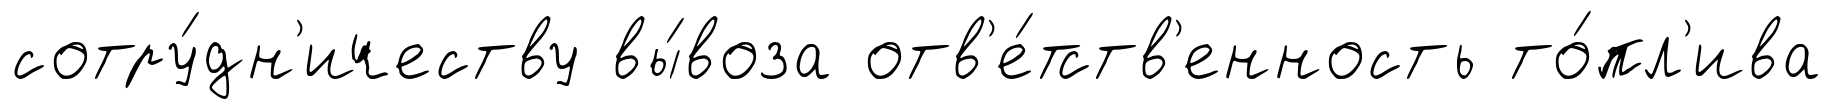
сотру́дн'ичеству вы́воза отв'е́тств'енность то́пл'ива